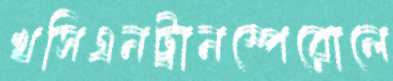
খসিএনট্রানস্পেরোলে